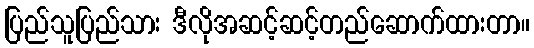
ပြည်သူပြည်သား ဒီလိုအဆင့်ဆင့်တည်ဆောက်ထားတာ။